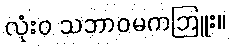
လုံးဝ သဘာဝမကဘြူး။